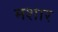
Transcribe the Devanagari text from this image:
मशार